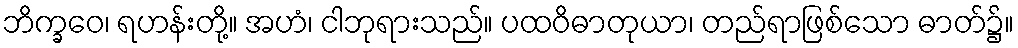
ဘိက္ခဝေ၊ ရဟန်းတို့။ အဟံ၊ ငါဘုရားသည်။ ပထဝိဓာတုယာ၊ တည်ရာဖြစ်သော ဓာတ်၌။